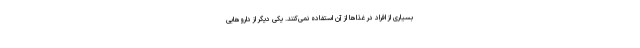
بسیاری از افراد در غذاها از آن استفاده نمی‌کنند. یکی دیگر از داروهایی